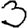
Digit: 3